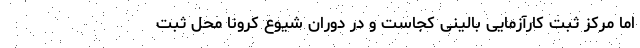
اما مرکز ثبت کارآزمایی بالینی کجاست و در دوران شیوع کرونا محل ثبت